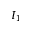
I _ { 1 }